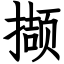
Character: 撷